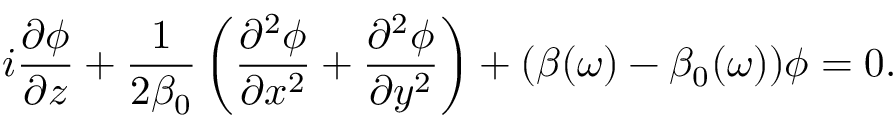
i \frac { \partial \phi } { \partial z } + \frac { 1 } { 2 \beta _ { 0 } } \left( \frac { \partial ^ { 2 } \phi } { \partial x ^ { 2 } } + \frac { \partial ^ { 2 } \phi } { \partial y ^ { 2 } } \right) + ( \beta ( \omega ) - \beta _ { 0 } ( \omega ) ) \phi = 0 .